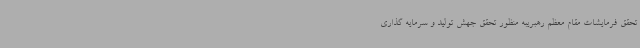
تحقق فرمایشات مقام معظم رهبریبه منظور تحقق جهش تولید و سرمایه گذاری